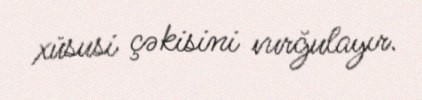
xüsusi çəkisini vurğulayır.